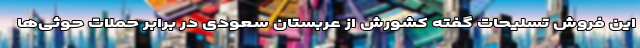
این فروش تسلیحات گفته کشورش از عربستان سعودی در برابر حملات حوثی‌ها